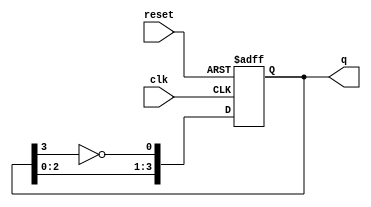
module johnson_counter (
    input wire clk,       // External clock signal
    input wire reset,     // Asynchronous reset
    output reg [3:0] q    // Output for 4-stage Johnson counter
);

    always @(posedge clk or posedge reset) begin
        if (reset) begin
            q <= 4'b0000;  // Reset state
        end else begin
            // Johnson counter logic
            q[0] <= ~q[3];  // Inverted output of last flip-flop
            q[1] <= q[0];   // Propagate previous output
            q[2] <= q[1];   // Propagate previous output
            q[3] <= q[2];   // Propagate previous output
        end
    end

endmodule